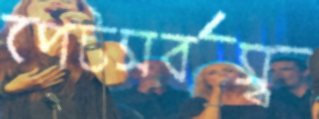
পেটসর্বস্ব